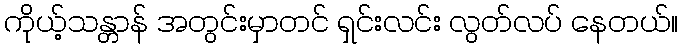
ကိုယ့်သန္တာန် အတွင်းမှာတင် ရှင်းလင်း လွတ်လပ် နေတယ်။